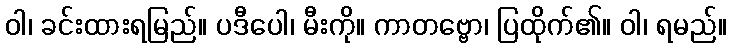
ဝါ၊ ခင်းထားရမြည်။ ပဒီပေါ၊ မီးကို။ ကာတဗ္ဗော၊ ပြထိုက်၏။ ဝါ၊ ရမည်။